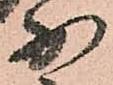
少